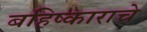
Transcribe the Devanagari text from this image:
बहिष्काराचे